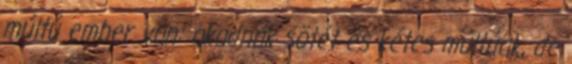
múltú ember van: akadnak sötét és kétes múltúak, de